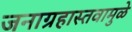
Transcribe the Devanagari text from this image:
जनाग्रहास्तवामुळे